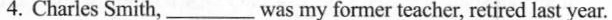
4.Charles Smith,___ was my former teacher, retired last year.